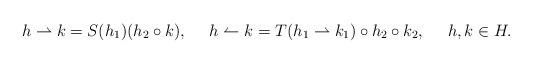
LaTeX: \begin{align*}&h\rightharpoonup k=S(h_1)(h_2\circ k),&&h\leftharpoonup k=T(h_1\rightharpoonup k_1)\circ h_2\circ k_2,&& h,k\in H. \end{align*}